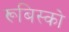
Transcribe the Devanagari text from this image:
रूबिस्को